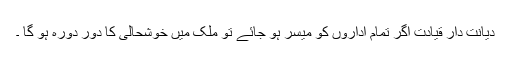
دیانت دار قیادت اگر تمام اداروں کو میسر ہو جائے تو ملک میں خوشحالی کا دور دورہ ہو گا ۔